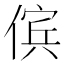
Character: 傧